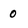
Character: 0